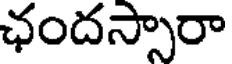
ఛందస్సారా